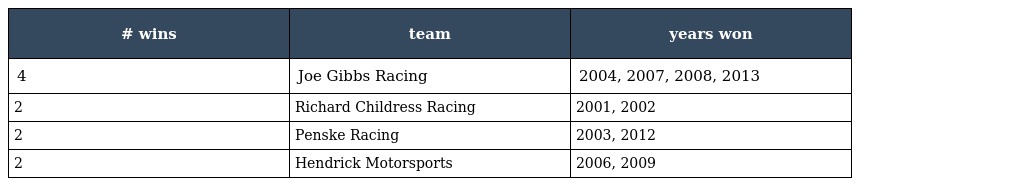
| # wins | team | years won |
 | --- | --- | --- |
 | 4 | Joe Gibbs Racing | 2004, 2007, 2008, 2013 |
 | 2 | Richard Childress Racing | 2001, 2002 |
 | 2 | Penske Racing | 2003, 2012 |
 | 2 | Hendrick Motorsports | 2006, 2009 |